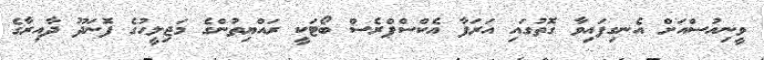
ވީނިއުސްއަށް އެނގިފައިވާ ގޮތުގައި އަރަފާ އެކްސްޕްރެސް ބޯޓަކީ ރައްޔިތުންގެ މަޖިލީހުގެ ފޮނަދޫ ދާއިރާގެ